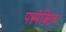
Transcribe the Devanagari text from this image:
पस्र्पेक्टिव